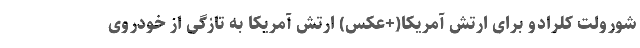
شورولت کلرادو برای ارتش آمریکا(+عکس) ارتش آمریکا به تازگی از خودروی